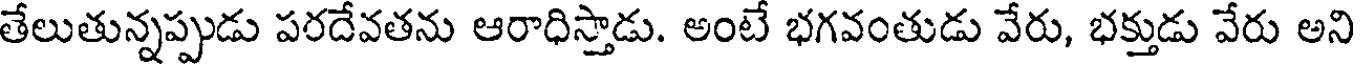
తేలుతున్నప్పుడు పరదేవతను ఆరాధిస్తాడు. అంటే భగవంతుడు వేరు, భక్తుడు వేరు అని